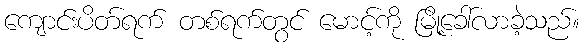
ကျောင်းပိတ်ရက် တစ်ရက်တွင် မောင့်ကို မြို့ခေါ်လာခဲ့သည်။